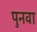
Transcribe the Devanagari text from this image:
पुनवा